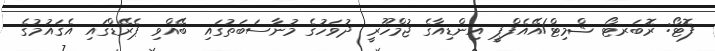
ފޮޓޯ: ރޮބަރޓޯ ޝްމިޓް/އޭއެފްޕީ އިންޑިއާގެ ޖުމްހޫރީ ދުވަހުގެ މުނާސަބަތުގައި ބޭއްވި ޕެރޭޑްގައި އެޤައުމުގެ